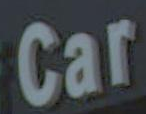
Car